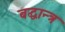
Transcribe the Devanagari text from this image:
बद्धान्त्र